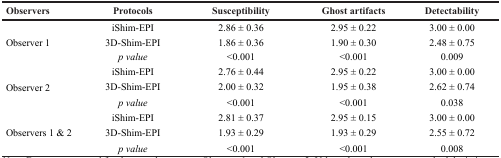
<table><thead><tr><td><b>Observers</b></td><td><b>Protocols</b></td><td><b>Susceptibility</b></td><td><b>Ghost artifacts</b></td><td><b>Detectability</b></td></tr></thead><tbody><tr><td rowspan="3">Observer 1</td><td>iShim-EPI</td><td>2.86 ± 0.36</td><td>2.95 ± 0.22</td><td>3.00 ± 0.00</td></tr><tr><td>3D-Shim-EPI</td><td>1.86 ± 0.36</td><td>1.90 ± 0.30</td><td>2.48 ± 0.75</td></tr><tr><td><i>p value</i></td><td>&lt;0.001</td><td>&lt;0.001</td><td>0.009</td></tr><tr><td rowspan="3">Observer 2</td><td>iShim-EPI</td><td>2.76 ± 0.44</td><td>2.95 ± 0.22</td><td>3.00 ± 0.00</td></tr><tr><td>3D-Shim-EPI</td><td>2.00 ± 0.32</td><td>1.95 ± 0.38</td><td>2.62 ± 0.74</td></tr><tr><td><i>p value</i></td><td>&lt;0.001</td><td>&lt;0.001</td><td>0.038</td></tr><tr><td rowspan="3">Observers 1 &amp; 2</td><td>iShim-EPI</td><td>2.81 ± 0.37</td><td>2.95 ± 0.15</td><td>3.00 ± 0.00</td></tr><tr><td>3D-Shim-EPI</td><td>1.93 ± 0.29</td><td>1.93 ± 0.29</td><td>2.55 ± 0.72</td></tr><tr><td><i>p value</i></td><td>&lt;0.001</td><td>&lt;0.001</td><td>0.008</td></tr></tbody></table>